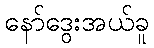
နော်ဒွေးအယ်ခူ